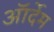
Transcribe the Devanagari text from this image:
ऑर्देम